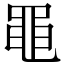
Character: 黽